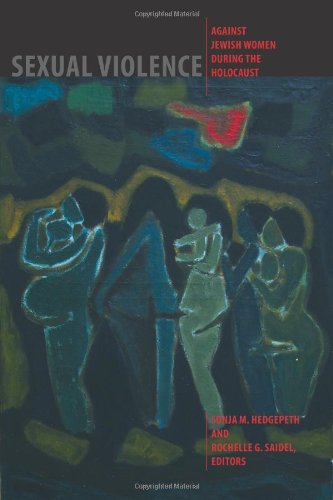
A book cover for Sexual Violence against Jewish Women during the Holocaust (HBI Series on Jewish Women); Religion & Spirituality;